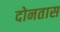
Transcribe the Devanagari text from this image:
दोनतास